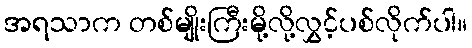
အရသာက တစ်မျိုးကြီးမို့လို့လွှင့်ပစ်လိုက်ပါ။